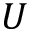
U